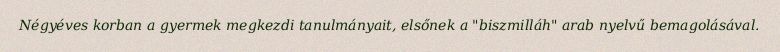
Négyéves korban a gyermek megkezdi tanulmányait, elsőnek a "biszmilláh" arab nyelvű bemagolásával.